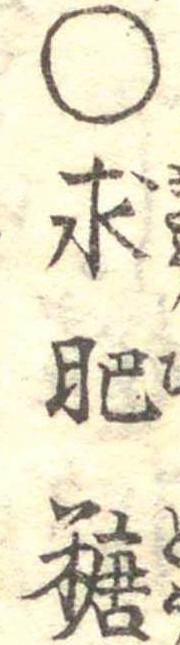
○求肥糖